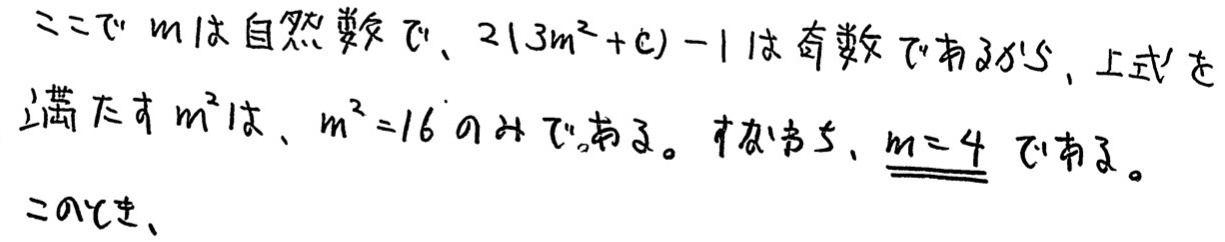
ここで \(m\) は自然数で、\(2(3m^{2}+c)-1\) は奇数であるから、上式を満たす \(m^{2}\) は、\(m^{2}=16\) のときである。すなわち、\(m = 4\) である。
このとき、